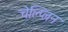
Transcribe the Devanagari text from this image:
चेल्प्लिन